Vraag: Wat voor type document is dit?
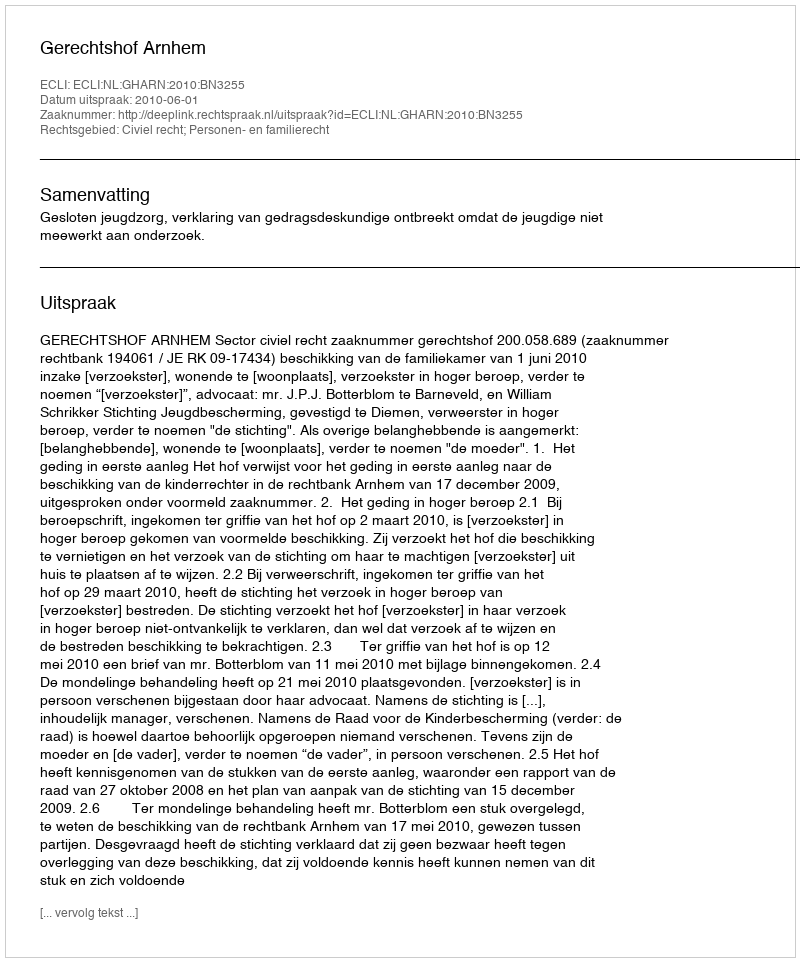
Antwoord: Uitspraak